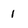
Character: 1